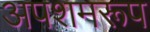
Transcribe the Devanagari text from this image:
अपशमरूप